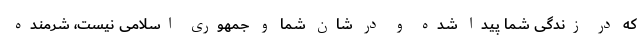
که در زندگی شما پیدا شده و در شان شما و جمهوری اسلامی نیست، شرمنده